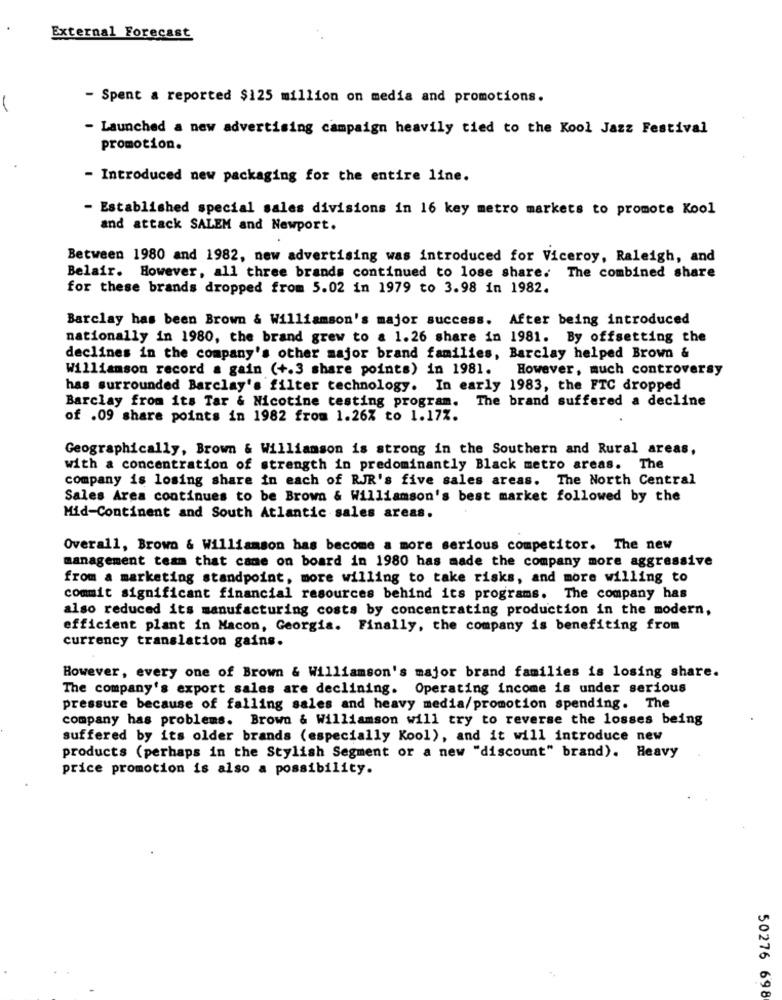
External Forecast
. .
- Spent a reported $125 million on media and promotions.
- Launched a new advertising campaign heavily tied to the Kool Jazz Festival
promotion.
- Introduced new packaging for the entire line.
- Established special sales divisions in 16 key metro markets to promote Kool
and attack SALEM and Newport.
Between 1980 and 1982, new advertising was introduced for Viceroy, Raleigh, and
Belair. However, all three brands continued to lose share. The combined share
for these brands dropped from 5.02 in 1979 to 3.98 in 1982.
Barclay has been Brown & Williamson's major success. After being introduced
nationally in 1980, the brand grew to a 1.26 share in 1981. By offsetting the
declines in the company's other major brand families, Barclay helped Brown &
Williamson record a gain (+.3 share points) in 1981.
However, much controversy
has surrounded Barclay's filter technology. In early 1983, the FTC dropped
Barclay from its Tar & Nicotine testing program. The brand suffered a decline
of .09 share points in 1982 from 1.26% to 1.17%.
Geographically, Brown & Williamson is strong in the Southern and Rural areas,
with a concentration of strength in predominantly Black metro areas. The
company is losing share in each of RJR's five sales areas. The North Central
Sales Area continues to be Brown & Williamson's best market followed by the
Mid-Continent and South Atlantic sales areas.
Overall, Brown & Williamson has become a more serious competitor. The new
management team that came on board in 1980 has made the company more aggressive
from a marketing standpoint, more willing to take risks, and more willing to
commit significant financial resources behind its programs. The company has
also reduced its manufacturing costs by concentrating production in the modern,
efficient plant in Macon, Georgia. Finally, the company is benefiting from
currency translation gains.
However, every one of Brown & Williamson's major brand families is losing share.
The company's export sales are declining. Operating income is under serious
pressure because of falling sales and heavy media/promotion spending. The
company has problems. Brown & Williamson will try to reverse the losses being
suffered by its older brands (especially Kool), and it will introduce new
products (perhaps in the Stylish Segment or a new "discount" brand). Heavy
price promotion is also a possibility.
50276 698